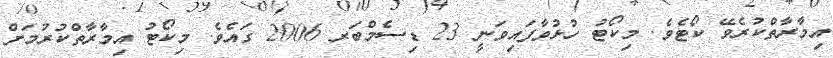
އިމާރާތްކުރެވޭ ކޯޓެވެ. މިކޯޓު ހުޅުވާފައިވަނީ 23 ޑިސެމްބަރ 2006 ގައެވެ. މިކޯޓު އިމާރާތްކުރުމަށް